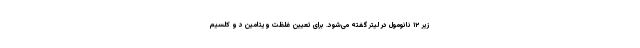
زیر ۱۲ نانومول در لیتر گفته می‌شود. برای تعیین غلظت ویتامین د و کلسیم